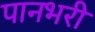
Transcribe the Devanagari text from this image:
पानभरी